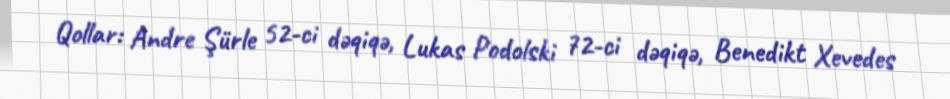
Qollar: Andre Şürle 52-ci dəqiqə, Lukas Podolski 72-ci dəqiqə, Benedikt Xevedes